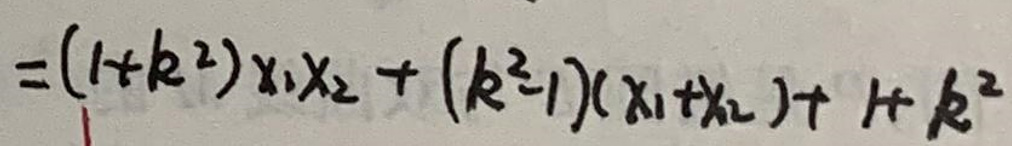
$=(1+k^{2})x_{1}x_{2}+(k^{3}-1)(x_{1}+x_{2})+1+k^{2}$